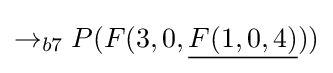
\rightarrow _{b7}P(F(3,0,{\underline {F(1,0,4)}}))